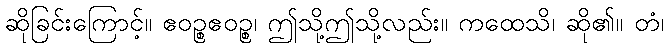
ဆိုခြင်းကြောင့်။ ဧဝဉ္စဧဝဉ္စ၊ ဤသို့ဤသို့လည်း။ ကထေသိ၊ ဆို၏။ တံ၊